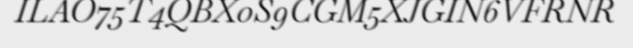
ILAO75T4QBX0S9CGM5XJGIN6VFRNR